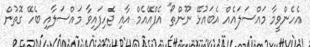
އެހެންވީމާ މައްސަލައެއް އެބައުޅޭ ނޫންތޯ" އެފްއޭއެމް އާއި ޖެހިފައިވާ މައްސަލާއި ބެހޭ ގޮތުން